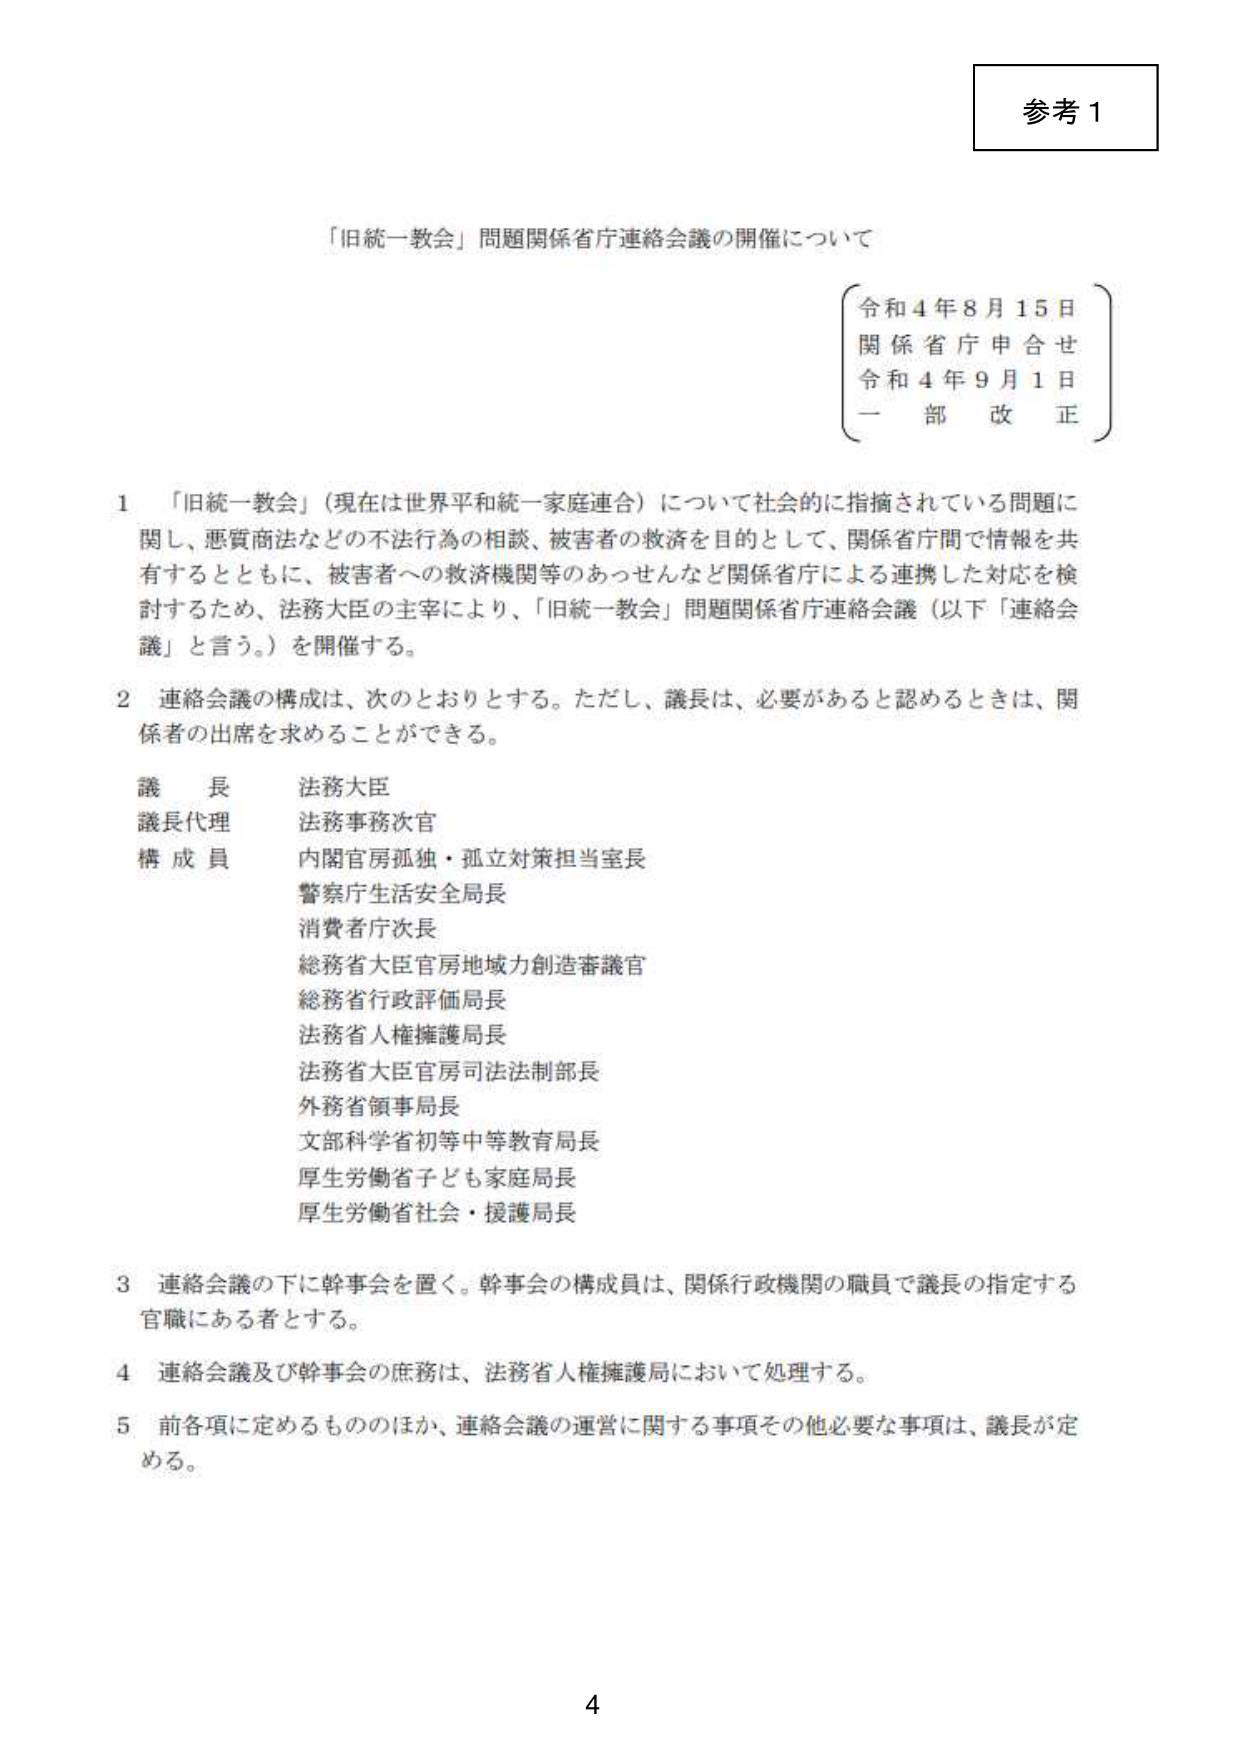
参考１

「旧統一教会」問題関係省庁連絡会議の開催について

（令和４年８月15日
関係省庁申合せ
令和４年９月１日
一部改正）

１ 「旧統一教会」（現在は世界平和統一家庭連合）について社会的に指摘されている問題に関し、悪質商法などの不法行為の相談、被害者の救済を目的として、関係省庁間で情報を共有するとともに、被害者への救済機関等のあっせんなど関係省庁による連携した対応を検討するため、法務大臣の主宰により、「旧統一教会」問題関係省庁連絡会議（以下「連絡会議」と言う。）を開催する。

２ 連絡会議の構成は、次のとおりとする。ただし、議長は、必要があると認めるときは、関係者の出席を求めることができる。

議長 法務大臣
議長代理 法務事務次官
構成員 内閣官房孤独・孤立対策担当室長
警察庁生活安全局長
消費者庁次長
総務省大臣官房地域力創造審議官
総務省行政評価局長
法務省人権擁護局長
法務省大臣官房司法法制部長
外務省領事局長
文部科学省初等中等教育局長
厚生労働省子ども家庭局長
厚生労働省社会・援護局長

３ 連絡会議の下に幹事会を置く。幹事会の構成員は、関係行政機関の職員で議長の指定する官職にある者とする。

４ 連絡会議及び幹事会の庶務は、法務省人権擁護局において処理する。

５ 前各項に定めるもののほか、連絡会議の運営に関する事項その他必要な事項は、議長が定める。

4